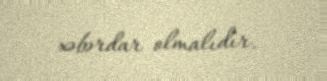
xəbərdar olmalıdır.